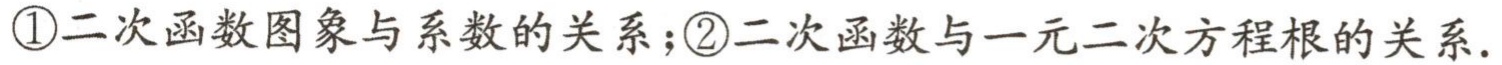
\textcircled{1}二次函数图象与系数的关系；\textcircled{2}二次函数与一元二次方程根的关系.